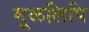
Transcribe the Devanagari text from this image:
मूळलिपि